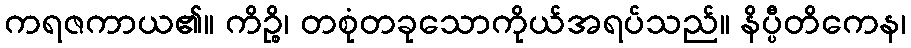
ကရဇကာယ၏။ ကိဉ္စိ၊ တစုံတခုသောကိုယ်အရပ်သည်။ နိပ္ပီတိကေန၊